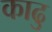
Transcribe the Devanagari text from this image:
काढु